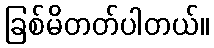
ခြစ်မိတတ်ပါတယ်။